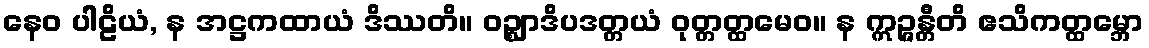
နေဝ ပါဠိယံ, န အဋ္ဌကထာယံ ဒိဿတိ။ ဝဉ္ဈာဒိပဒတ္တယံ ဝုတ္တတ္ထမေဝ။ န ဣဉ္ဇန္တီတိ ဧသိကတ္ထမ္ဘော